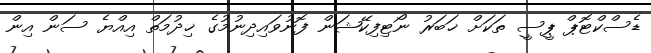
ޑެސްކްޓޮޕް ޕީސީ ތަކަށް ޚަބަރު ނޯޓިފިކޭޝަން ފޮނުވައިދިނުމުގެ ޚިދުމަތް އިއްޔެ ސަން އިން